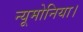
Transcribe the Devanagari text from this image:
न्यूमोनिया।